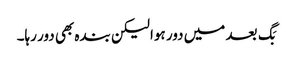
بَگ بعد میں دور ہوا لیکن بندہ بھی دور رہا۔